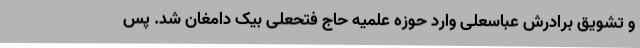
و تشویق برادرش عباسعلی وارد حوزه علمیه حاج فتحعلی بیک دامغان شد. پس